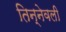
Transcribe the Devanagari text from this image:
तिन्नेवली